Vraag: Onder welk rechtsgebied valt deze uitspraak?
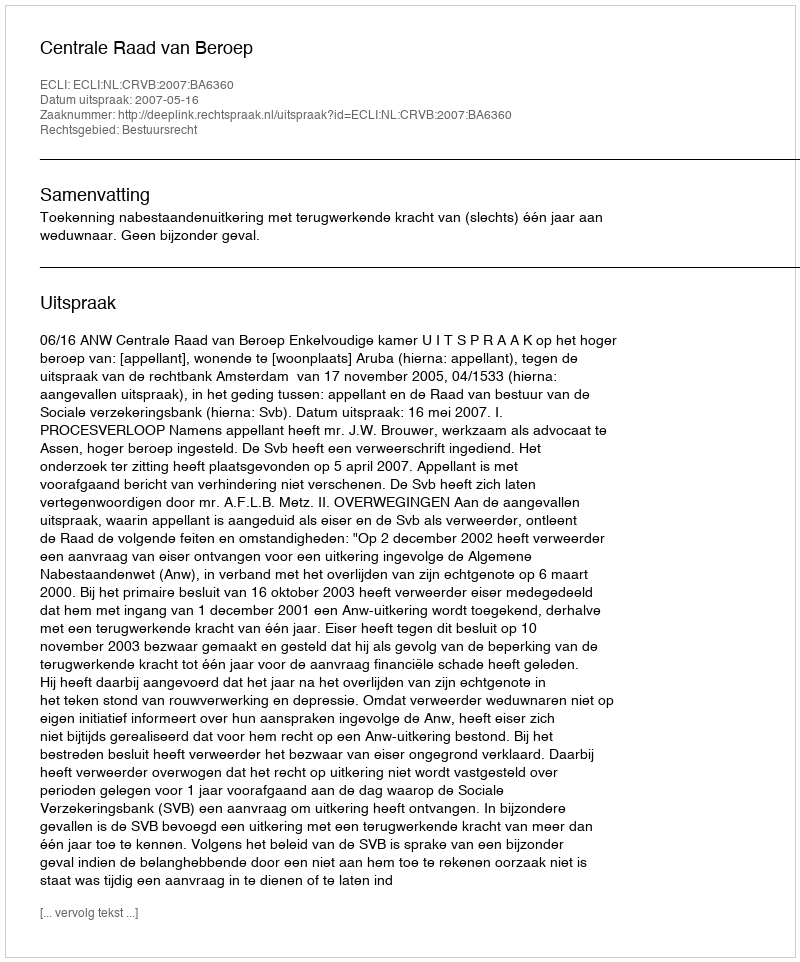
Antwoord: Bestuursrecht